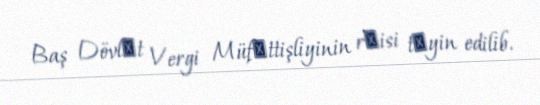
Baş Dövlәt Vergi Müfәttişliyinin rәisi tәyin edilib.